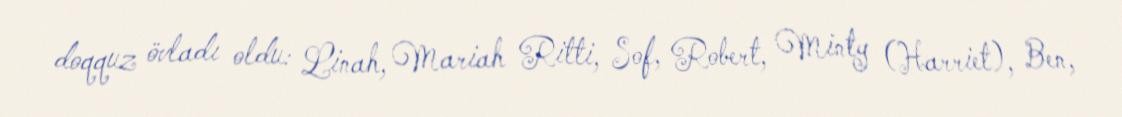
doqquz övladı oldu: Linah, Mariah Ritti, Sof, Robert, Minty (Harriet), Ben,